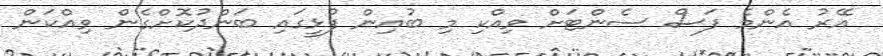
އޭރު އެންމެ ފަސް ސެންޓަށް ވިއްކި މި ބުއިން ފުޅީގައި ބަންދުކޮށްގެން ވިއްކަން